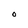
Character: O